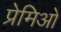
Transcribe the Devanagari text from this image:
प्रेमिओ